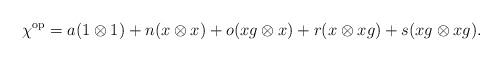
LaTeX: \begin{align*}\chi^{\mathrm{op}}=a(1\otimes1)+n(x\otimes x)+o(xg\otimes x)+r(x\otimes xg)+s(xg\otimes xg).\end{align*}